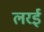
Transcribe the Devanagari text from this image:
लरई